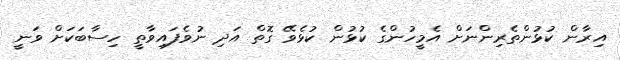
އިރާން ކުޅުންތެރިންނަށް އެމީހުންގެ ކުޅުން ކުޅެވޭ ގޮތް އަދި ނުވެފައިވާތީ ހިސާބަކަށް ވަނީ